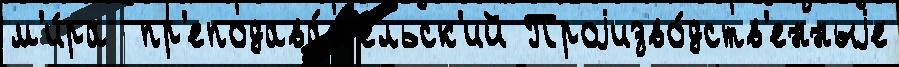
м'и́ра  пр'еподава́т'ельск'ий Проjизво́дств'енныjе